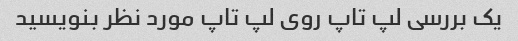
یک بررسی لپ تاپ روی لپ تاپ مورد نظر بنویسید